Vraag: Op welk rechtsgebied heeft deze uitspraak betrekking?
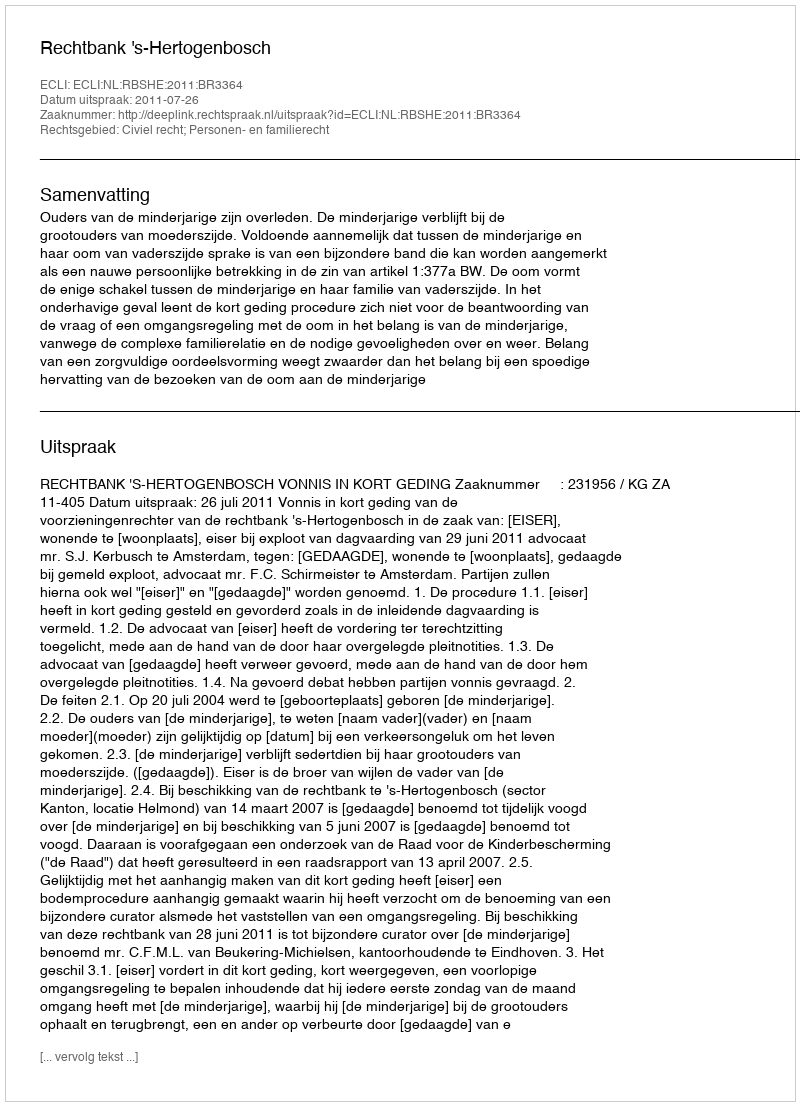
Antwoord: Civiel recht; Personen- en familierecht